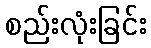
စည်းလုံးခြင်း